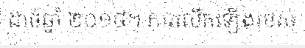
ដាច់ឆ្នាំ ២០១៨។ ការលើកឡើងរបស់